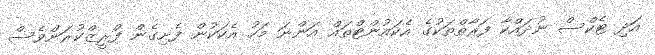
އަދި ޓެކްސް ނުދައްކާ ފަރާތްތަކުގެ އެކައުންޓްތައް އަންނަ މަހު އެކަކުން ފެށިގެން ފްރީޒްކުރަންވެސް